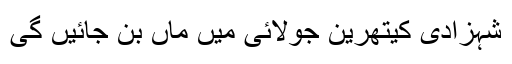
شہزادی کیتھرین جولائی میں ماں بن جائیں گی